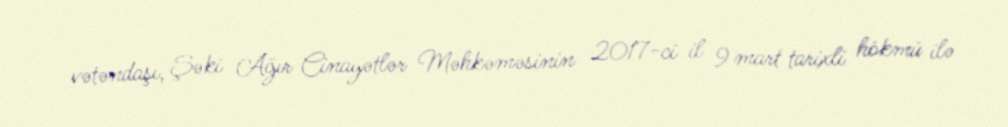
vətəndaşı, Şəki Ağır Cinayətlər Məhkəməsinin 2017-ci il 9 mart tarixli hökmü ilə